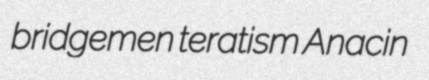
bridgemen teratism Anacin